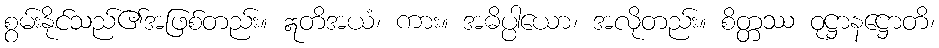
စွမ်းနိုင်သည်၏အဖြစ်တည်း။ ဣတိအယံ၊ ကား။ အဓိပ္ပါယော၊ အလိုတည်း။ စိတ္တဿ ဝုဋ္ဌာနဋ္ဌောတိ၊